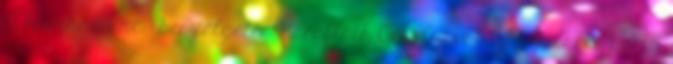
A házikedvenc – beszélgetés Karafiáth Orsolyával 0 Ruhacsere party